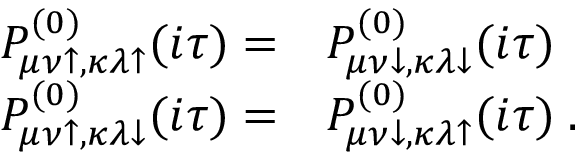
\begin{array} { r l } { P _ { \mu \nu \uparrow , \kappa \lambda \uparrow } ^ { ( 0 ) } ( i \tau ) = } & { { } P _ { \mu \nu \downarrow , \kappa \lambda \downarrow } ^ { ( 0 ) } ( i \tau ) } \\ { P _ { \mu \nu \uparrow , \kappa \lambda \downarrow } ^ { ( 0 ) } ( i \tau ) = } & { { } P _ { \mu \nu \downarrow , \kappa \lambda \uparrow } ^ { ( 0 ) } ( i \tau ) \; . } \end{array}